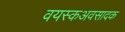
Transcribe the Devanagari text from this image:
वयस्कअवसादक